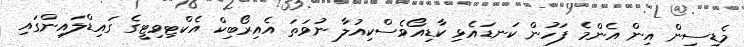
މެޑިސިން އިން އެންމެ ފަހުން ކަނޑައެޅި ކާޑިއޯވެސްކިއުލާ ނުވަތަ އެއިރޯބިކް އެކްޓިވިޓީގެ ގައިޑްލައިންގައި